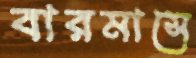
বারমাসে